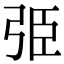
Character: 弫